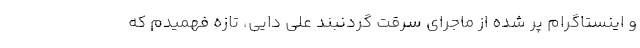
و اینستاگرام پر شده از ماجرای سرقت گردنبند علی دایی، تازه فهمیدم که